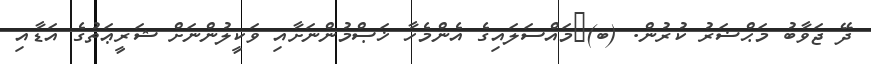
ދޭ ޖަވާބު މަޙްޟަރު ކުރުން. (ބ)	މައްސަލައިގެ އެންމެހާ ޚަޞްމުންނަށާއި ވަކީލުންނަށް ޝަރީޢަތުގެ އަޑާއި